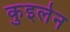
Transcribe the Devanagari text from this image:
कुइलेन